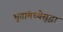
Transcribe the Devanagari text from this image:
भुतांमध्येसुद्धा